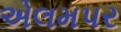
એલમપર